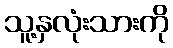
သူ့နှလုံးသားကို